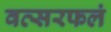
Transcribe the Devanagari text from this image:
वत्सरफलं